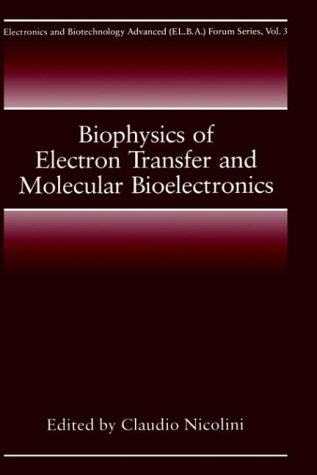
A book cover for Biophysics of Electron Transfer and Molecular Bioelectronics (Electronics and Biotechnology Advanced (Elba) Forum Series); Medical Books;